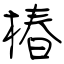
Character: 椿